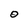
Character: 0